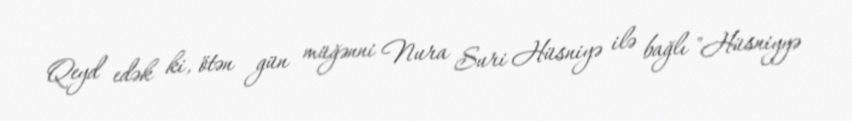
Qeyd edək ki, ötən gün müğənni Nura Suri Hüsniyə ilə bağlı "Hüsniyyə